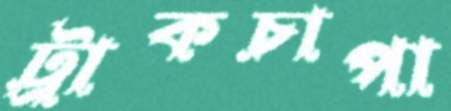
ট্রাকচাপা